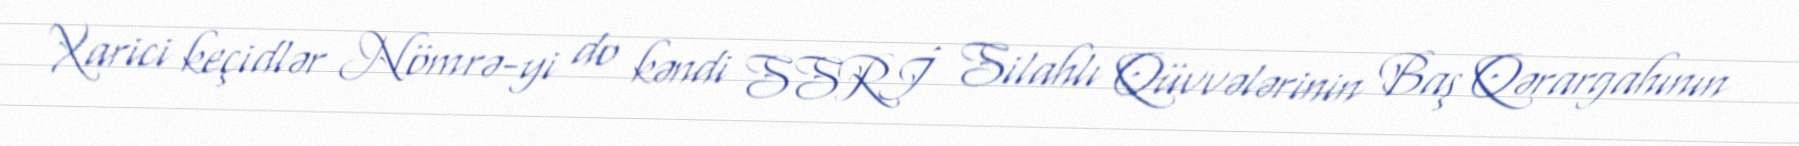
Xarici keçidlər Nömrə-yi do kəndi SSRİ Silahlı Qüvvələrinin Baş Qərargahının